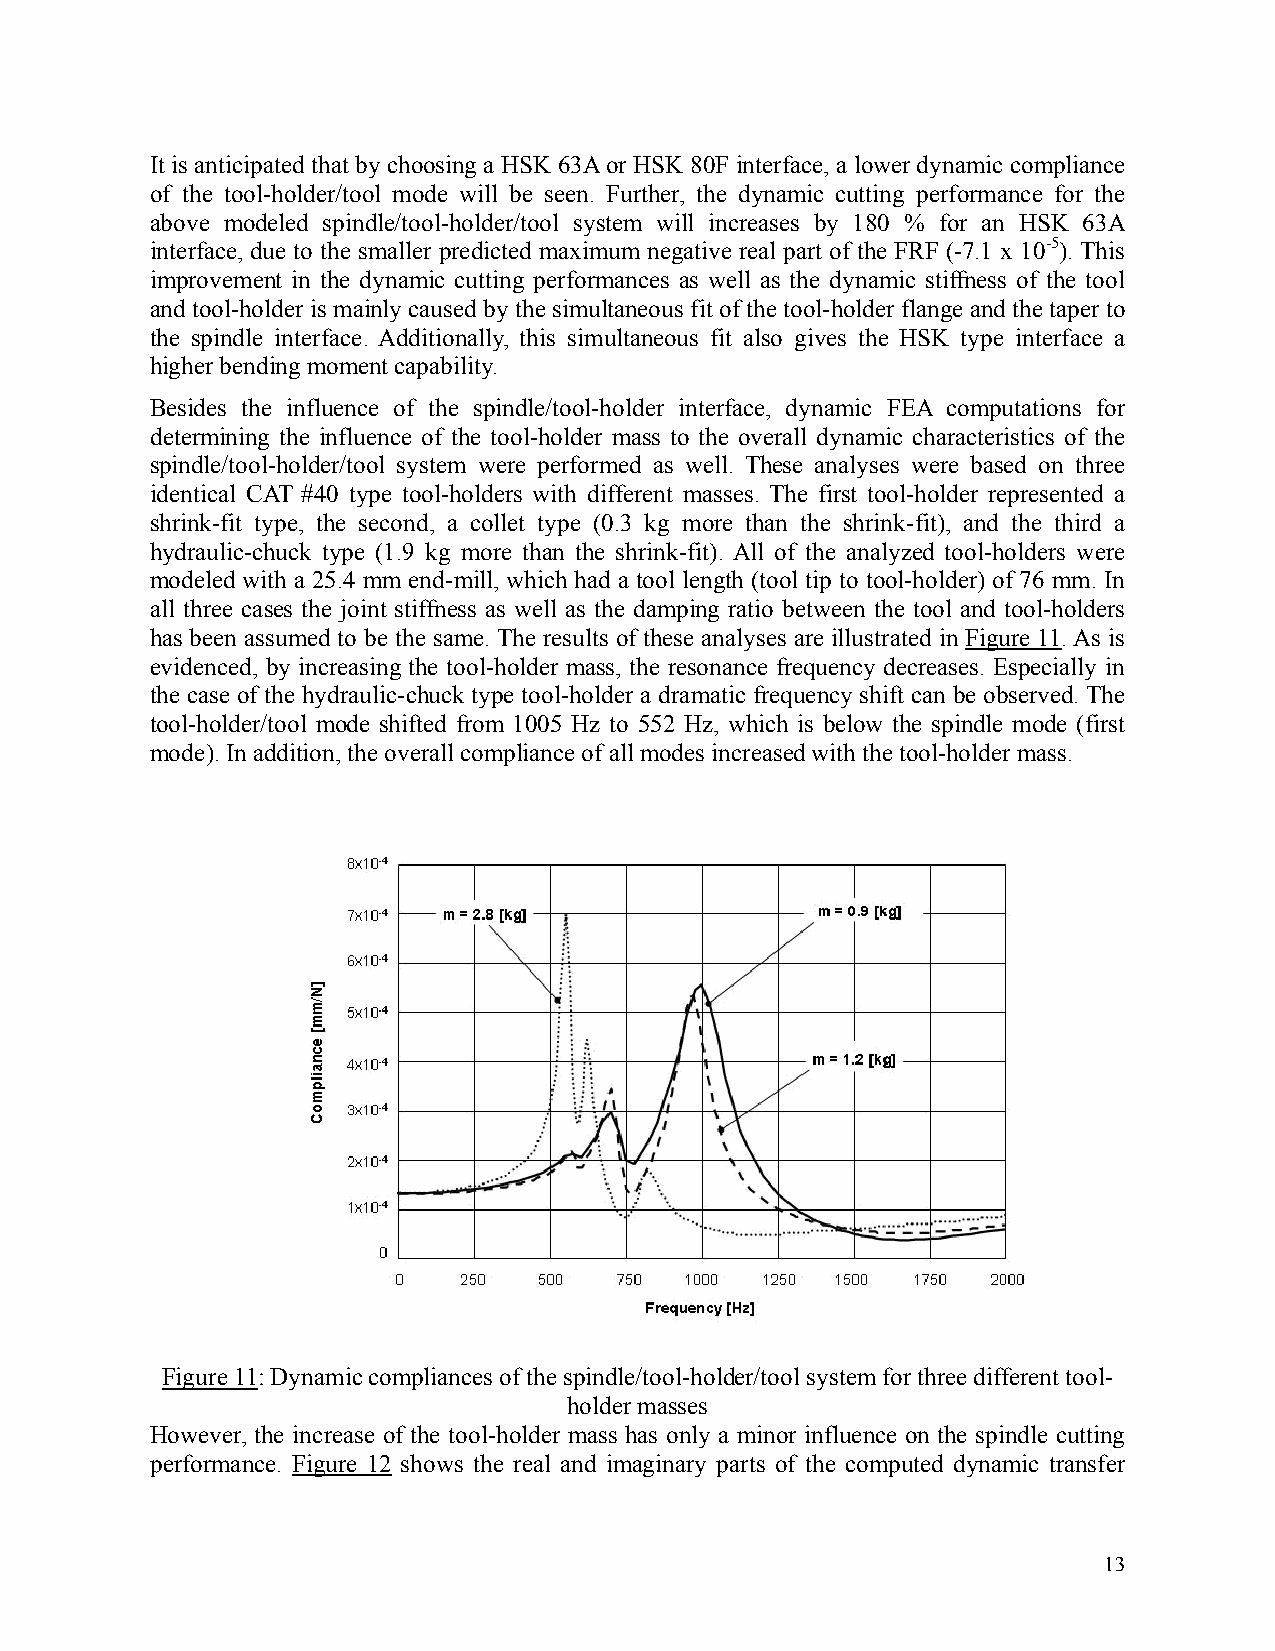
It is anticipated that by choosing a HSK 63A or HSK 80F interface, a lower dynamic compliance
 of the tool-holder/tool mode will be seen. Further, the dynamic cutting performance for the
 above modeled spindle/tool-holder/tool system will increases by 180 % for an HSK 63A
 interface, due to the smaller predicted maximum negative real part of the FRF (-7.1 x 10-5). This
 improvement in the dynamic cutting performances as well as the dynamic stiffness of the tool
 and tool-holder is mainly caused by the simultaneous fit of the tool-holder flange and the taper to
 the spindle interface. Additionally, this simultaneous fit also gives the HSK type interface a
 higher bending moment capability.
 Besides the influence of the spindle/tool-holder interface, dynamic FEA computations for
 determining the influence of the tool-holder mass to the overall dynamic characteristics of the
 spindle/tool-holder/tool system were performed as well. These analyses were based on three
 identical CAT #40 type tool-holders with different masses. The first tool-holder represented a
 shrink-fit type, the second, a collet type (0.3 kg more than the shrink-fit), and the third a
 hydraulic-chuck type (1.9 kg more than the shrink-fit). All of the analyzed tool-holders were
 modeled with a 25.4 mm end-mill, which had a tool length (tool tip to tool-holder) of 76 mm. In
 all three cases the joint stiffness as well as the damping ratio between the tool and tool-holders
 has been assumed to be the same. The results of these analyses are illustrated in Figure 11. As is
 evidenced, by increasing the tool-holder mass, the resonance frequency decreases. Especially in
 the case of the hydraulic-chuck type tool-holder a dramatic frequency shift can be observed. The
 tool-holder/tool mode shifted from 1005 Hz to 552 Hz, which is below the spindle mode (first
 mode). In addition, the overall compliance of all modes increased with the tool-holder mass.
 Figure 11: Dynamic compliances of the spindle/tool-holder/tool system for three different tool-
 holder masses
 However, the increase of the tool-holder mass has only a minor influence on the spindle cutting
 performance. Figure 12 shows the real and imaginary parts of the computed dynamic transfer
 13